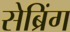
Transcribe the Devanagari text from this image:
सेब्रिंग